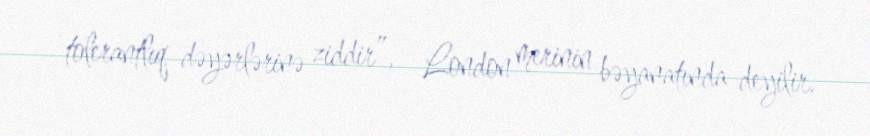
tolerantlıq dəyərlərinə ziddir”, - London merinin bəyanatında deyilir.